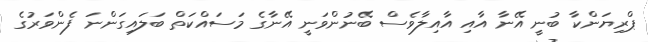
ޕްރިޔަންކާ ބުނީ އޭނާ އާއި އާއިލާވެސް ބޭނުންވަނީ އޭނާގެ މަސައްކަތް ބަލައިގަންނަ ފެންވަރުގެ